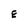
Character: E